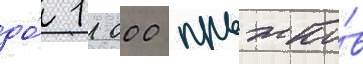
до́ 11 000 прыжко́в